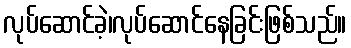
လုပ်ဆောင်ခဲ့၊လုပ်ဆောင်နေခြင်းဖြစ်သည်။